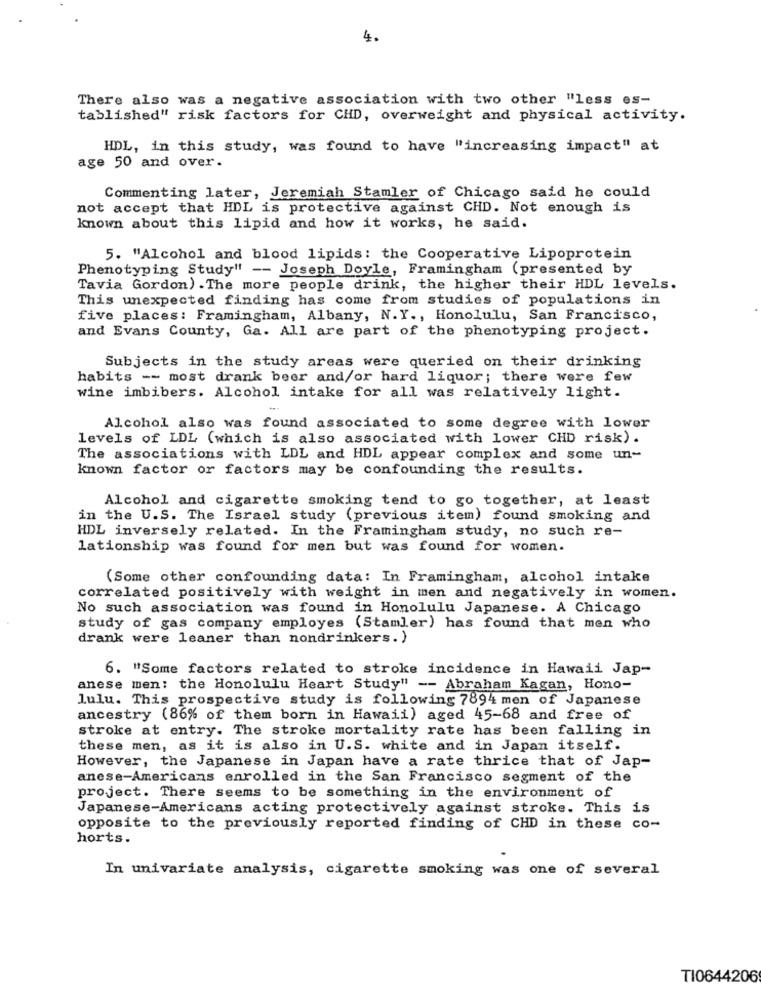
4.
There also was a negative association with two other "less es-
tablished" risk factors for CHD, overweight and physical activity.
HDL, in this study, was found to have "increasing impact" at
age 50 and over.
Commenting later, Jeremiah Stamler of Chicago said he could
not accept that HDL is protective against CHD. Not enough is
known about this lipid and how it works, he said.
5. "Alcohol and blood lipids: the Cooperative Lipoprotein
Phenotyping Study" -- Joseph Doyle, Framingham (presented by
Tavia Gordon) .The more people drink, the higher their HDL levels.
This unexpected finding has come from studies of populations in
five places: Framingham, Albany, N.Y ., Honolulu, San Francisco,
and Evans County, Ga. All are part of the phenotyping project.
Subjects in the study areas were queried on their drinking
habits -- most drank beer and/or hard liquor; there were few
wine imbibers. Alcohol intake for all was relatively light.
Alcohol also was found associated to some degree with lower
levels of LDL (which is also associated with lower CHD risk) .
The associations with LDL and HDL appear complex and some un-
known factor or factors may be confounding the results.
Alcohol and cigarette smoking tend to go together, at least
in the U.S. The Israel study (previous item) found smoking and
HDL inversely related. In the Framingham study, no such re-
lationship was found for men but was found for women.
(Some other confounding data: In Framingham, alcohol intake
correlated positively with weight in men and negatively in women.
No such association was found in Honolulu Japanese. A Chicago
study of gas company employes (Stamler) has found that men who
drank were leaner than nondrinkers. )
6. "Some factors related to stroke incidence in Hawaii Jap-
anese men: the Honolulu Heart Study" -- Abraham Kagan, Hono-
lulu. This prospective study is following 7894 men of Japanese
ancestry (86% of them born in Hawaii) aged 45-68 and free of
stroke at entry. The stroke mortality rate has been falling in
these men, as it is also in U.S. white and in Japan itself.
However, the Japanese in Japan have a rate thrice that of Jap-
anese-Americans enrolled in the San Francisco segment of the
project. There seems to be something in the environment of
Japanese-Americans acting protectively against stroke. This is
opposite to the previously reported finding of CHD in these co-
horts.
In univariate analysis, cigarette smoking was one of several
TI0644206